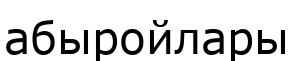
абыройлары